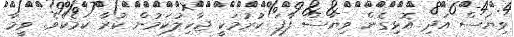
ވިޔަސް އަދި އޮޅިގެން ވިޔަސް ފާފަ ކުރުމަކީ ޖާހިލުކަމުން ކުރާ ކަމެކެވެ. ވީމާ